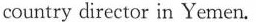
country director in Yemen.